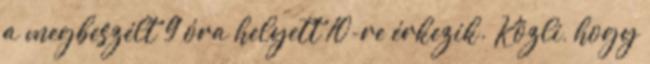
a megbeszélt 9 óra helyett 10-re érkezik. Közli, hogy